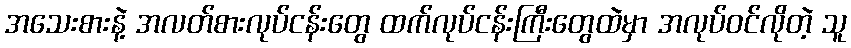
အသေးစားနဲ့ အလတ်စားလုပ်ငန်းတွေ ထက်လုပ်ငန်းကြီးတွေထဲမှာ အလုပ်ဝင်လိုတဲ့ သူ